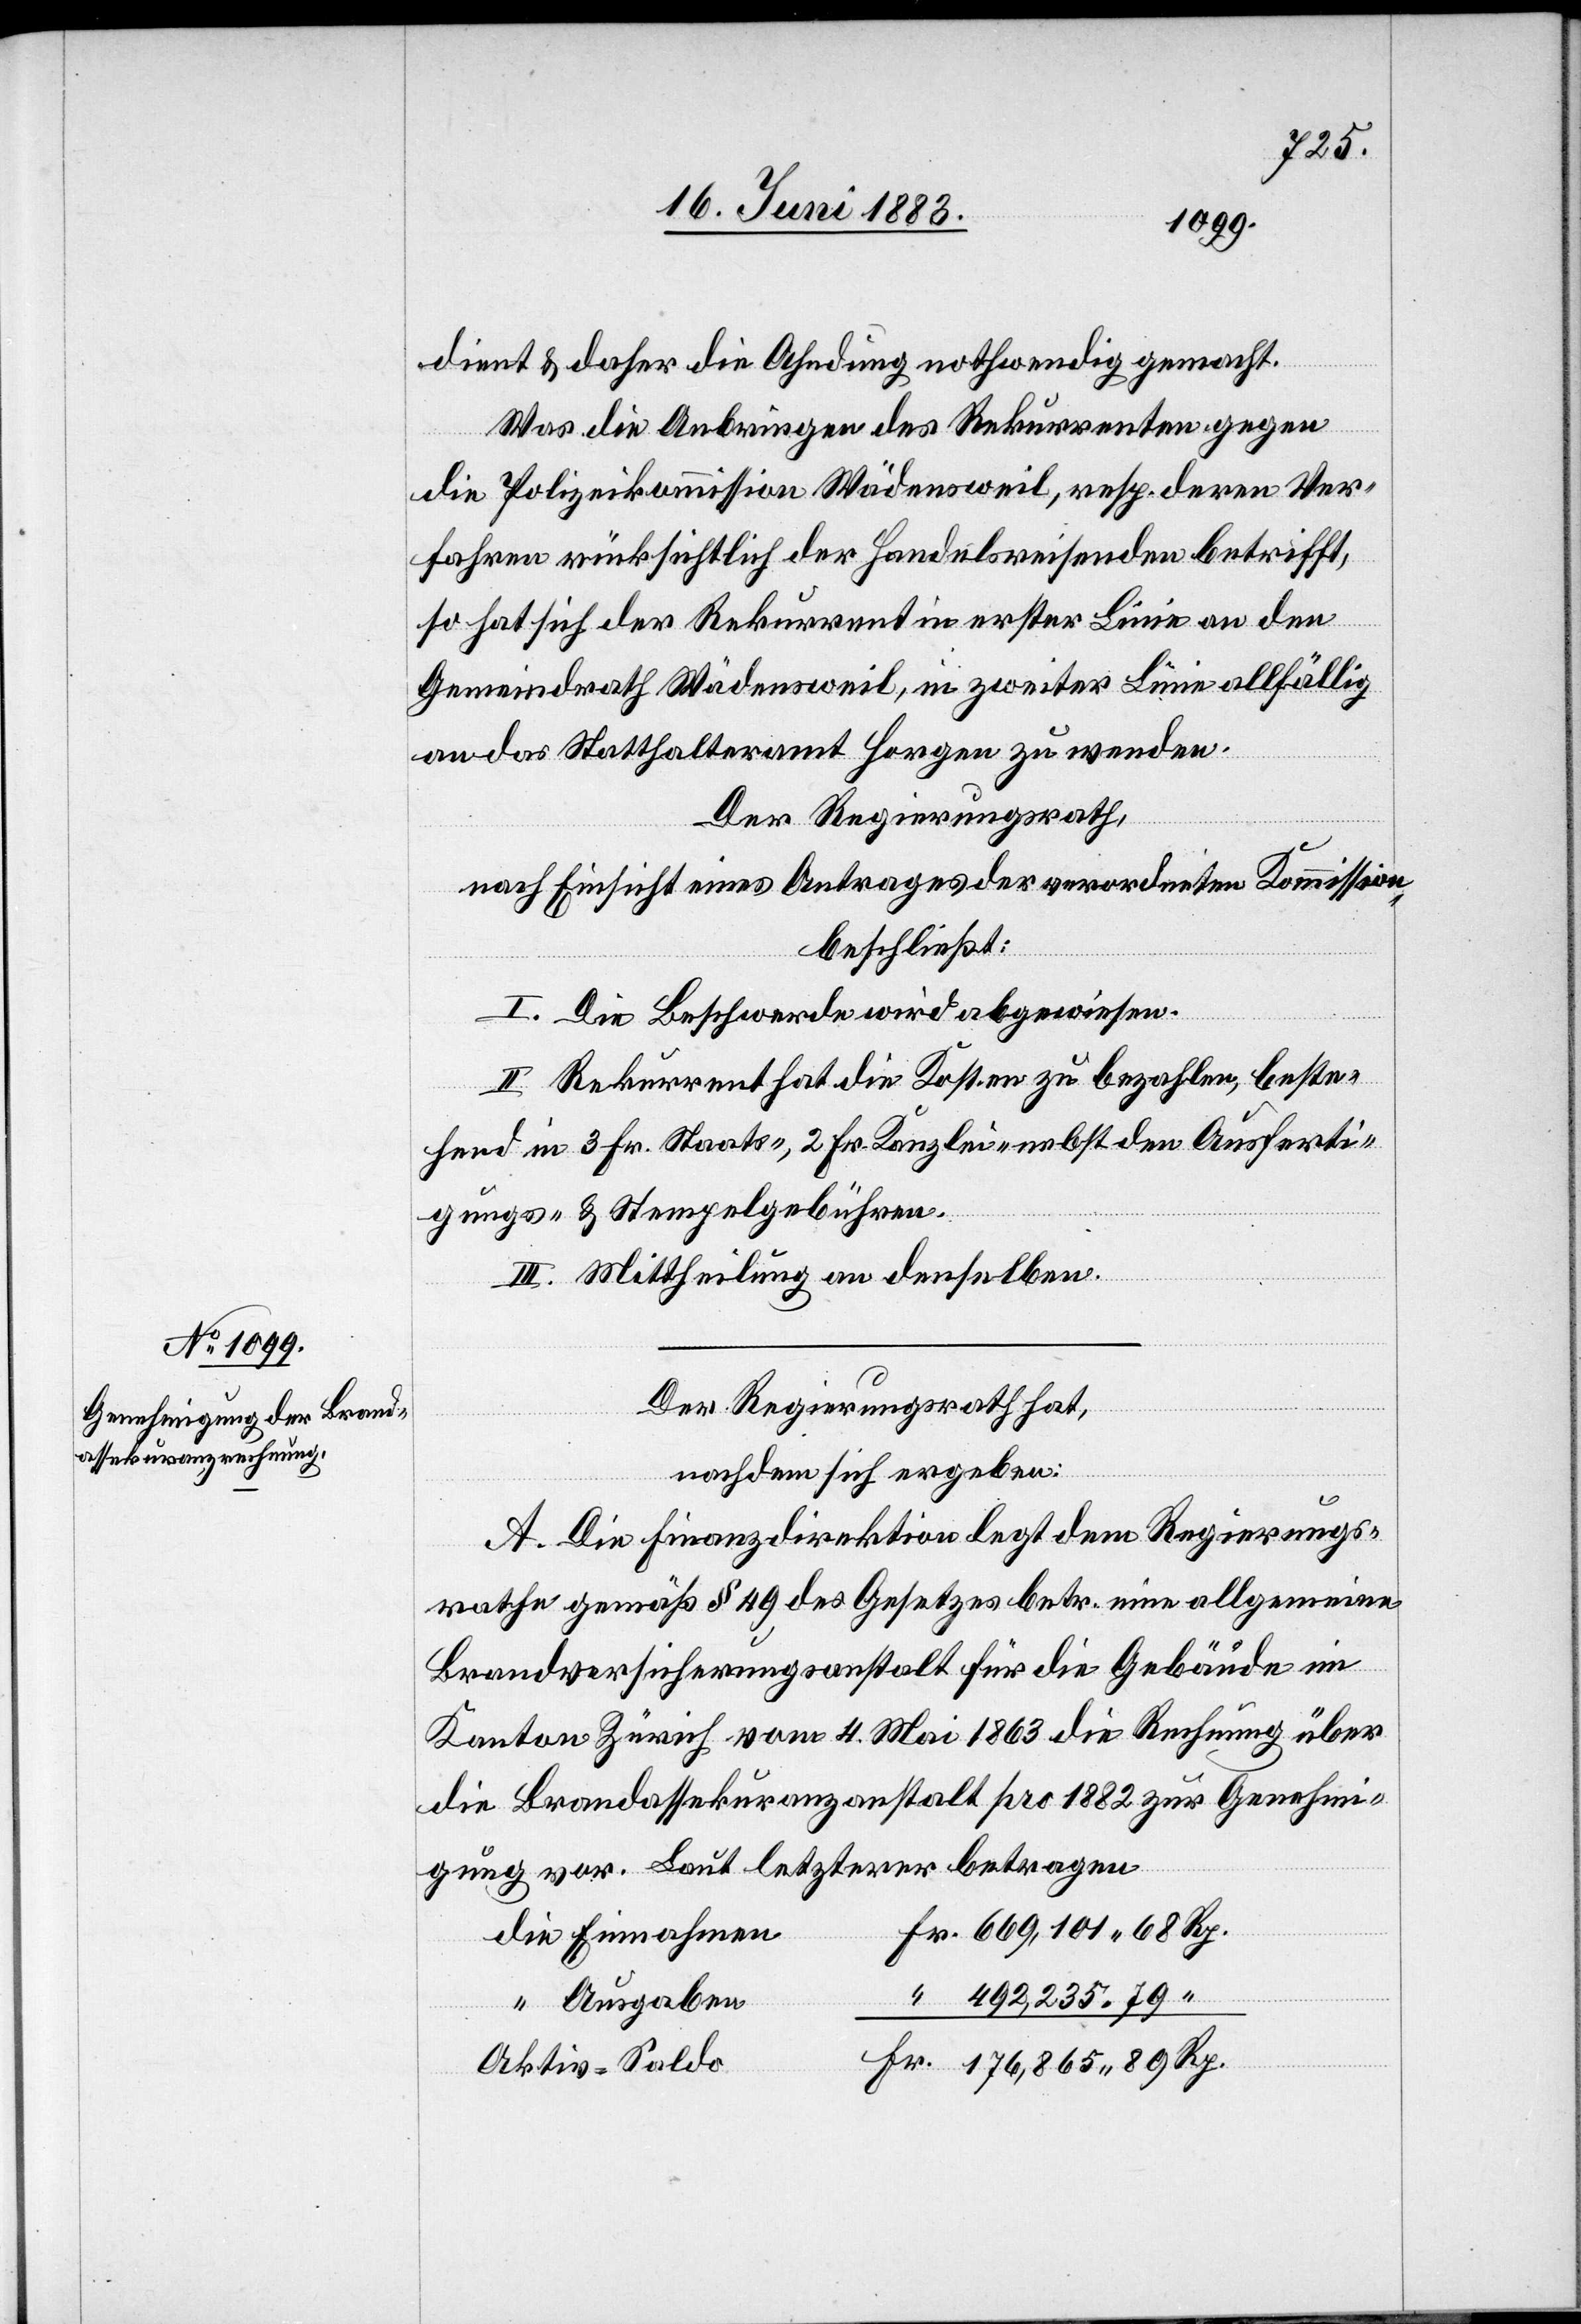
dient & daher die Ahndung nothwendig gemacht.
Was die Anbringen des Rekurrenten gegen
die Polizeikommission Wädensweil, resp. deren Ver¬
fahren rücksichtlich der Handelsreisenden betrifft,
so hat sich der Rekurrent in erster Linie an den
Gemeindrath Wädensweil, in zweiter Linie allfällig
an das Statthalteramt Horgen zu wenden.
Der Regierungsrath,
nach Einsicht eines Antrages der verordneten Kommission,
beschließt:
I. Die Beschwerde wird abgewiesen.
II. Rekurrent hat die Kosten zu bezahlen, beste¬
hend in 3 Fr. Staats-, 2 Fr. Kanzlei- nebst den Ausferti¬
gungs- und Stempelgebühren.
III. Mittheilung an denselben.
Der Regierungsrath hat,
Rp.
nachdem sich ergeben:
A. Die Finanzdirektion legt dem Regierungs¬
rathe gemäß § 49 des Gesetzes betr. eine allgemeine
Brandversicherungsanstalt für die Gebäude im
Kanton Zürich vom 4. Mai 1863 die Rechnung über
die Brandassekuranzanstalt pro 1882 zur Genehmi¬
gung vor. Laut letzterer betragen
die Einnahmen
492,235 79
“ Ausgaben
Aktiv-Saldo